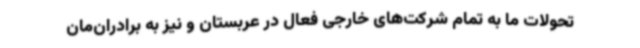
تحولات ما به تمام شرکت‌های خارجی فعال در عربستان و نیز به برادران‌مان